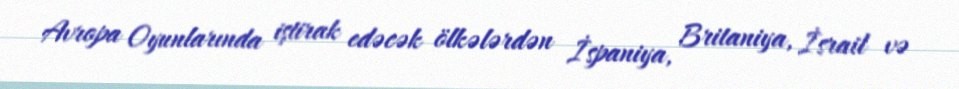
Avropa Oyunlarında iştirak edəcək ölkələrdən İspaniya, Britaniya, İsrail və